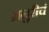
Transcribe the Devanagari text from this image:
म्रग्रुरीचं